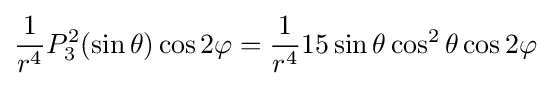
{\frac {1}{r^{4}}}P_{3}^{2}(\sin \theta )\cos 2\varphi ={\frac {1}{r^{4}}}15\sin \theta \cos ^{2}\theta \cos 2\varphi